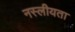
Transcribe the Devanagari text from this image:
नस्लीयता